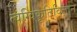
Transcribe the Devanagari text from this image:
त्वग्विकृतिविज्ञान